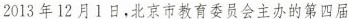
2013年12月1日，北京市教育委员会主办的第四届